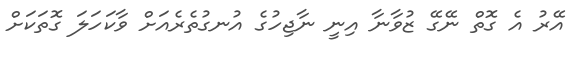
އޭރު އެ ގޮތް ނޭގޭ ޒުވާނާ އިނީ ނާޖިހުގެ އުނގުތެރެއަށް ވާކަހަލަ ގޮތަކަށް